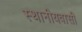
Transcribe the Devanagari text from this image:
स्थानीयवासी